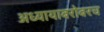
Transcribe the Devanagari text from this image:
अध्यायाबरोबरच